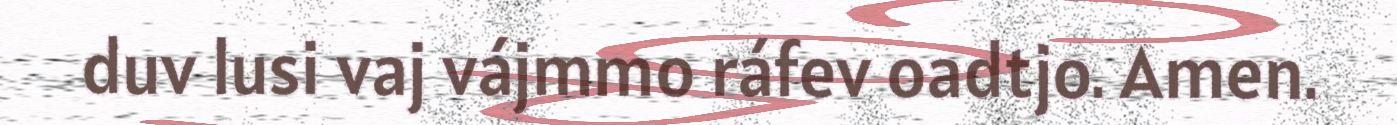
duv lusi vaj vájmmo ráfev oadtjo. Amen.